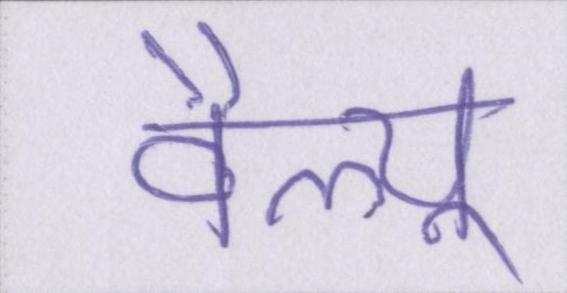
वैल्यू